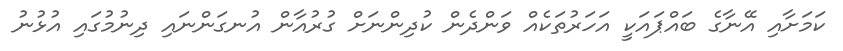
ކަމަށާއި އޭނާގެ ބައްޕައަކީ އަހަރުތަކެއް ވަންދެން ކުދިންނަށް ގުރުއާން އުނގަންނައި ދިނުމުގައި އުޅުނު